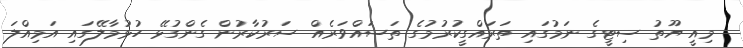
މިއީ ޔޫތު ސިޓީގެ ނަމުގައި ތަރައްގީކުރުމުގެ ތަސައްވަރެއް ސަރުކާރުން ގެންގުޅޭ ހުޅުމާލޭގައި އަމިއްލަ